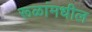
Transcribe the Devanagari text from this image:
रूळांमधील